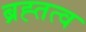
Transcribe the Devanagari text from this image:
ब्रह्तत्व